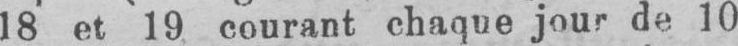
18 et 19 courant chaque jour de 10